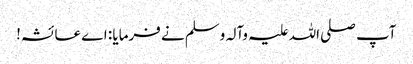
آپ صلی اللہ علیہ وآلہ وسلم نے فرمایا : اے عائشہ!